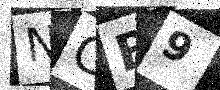
Text: NCB9